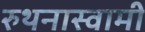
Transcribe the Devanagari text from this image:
रुथनास्वामी